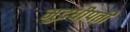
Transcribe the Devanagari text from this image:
मुद्रधीपती